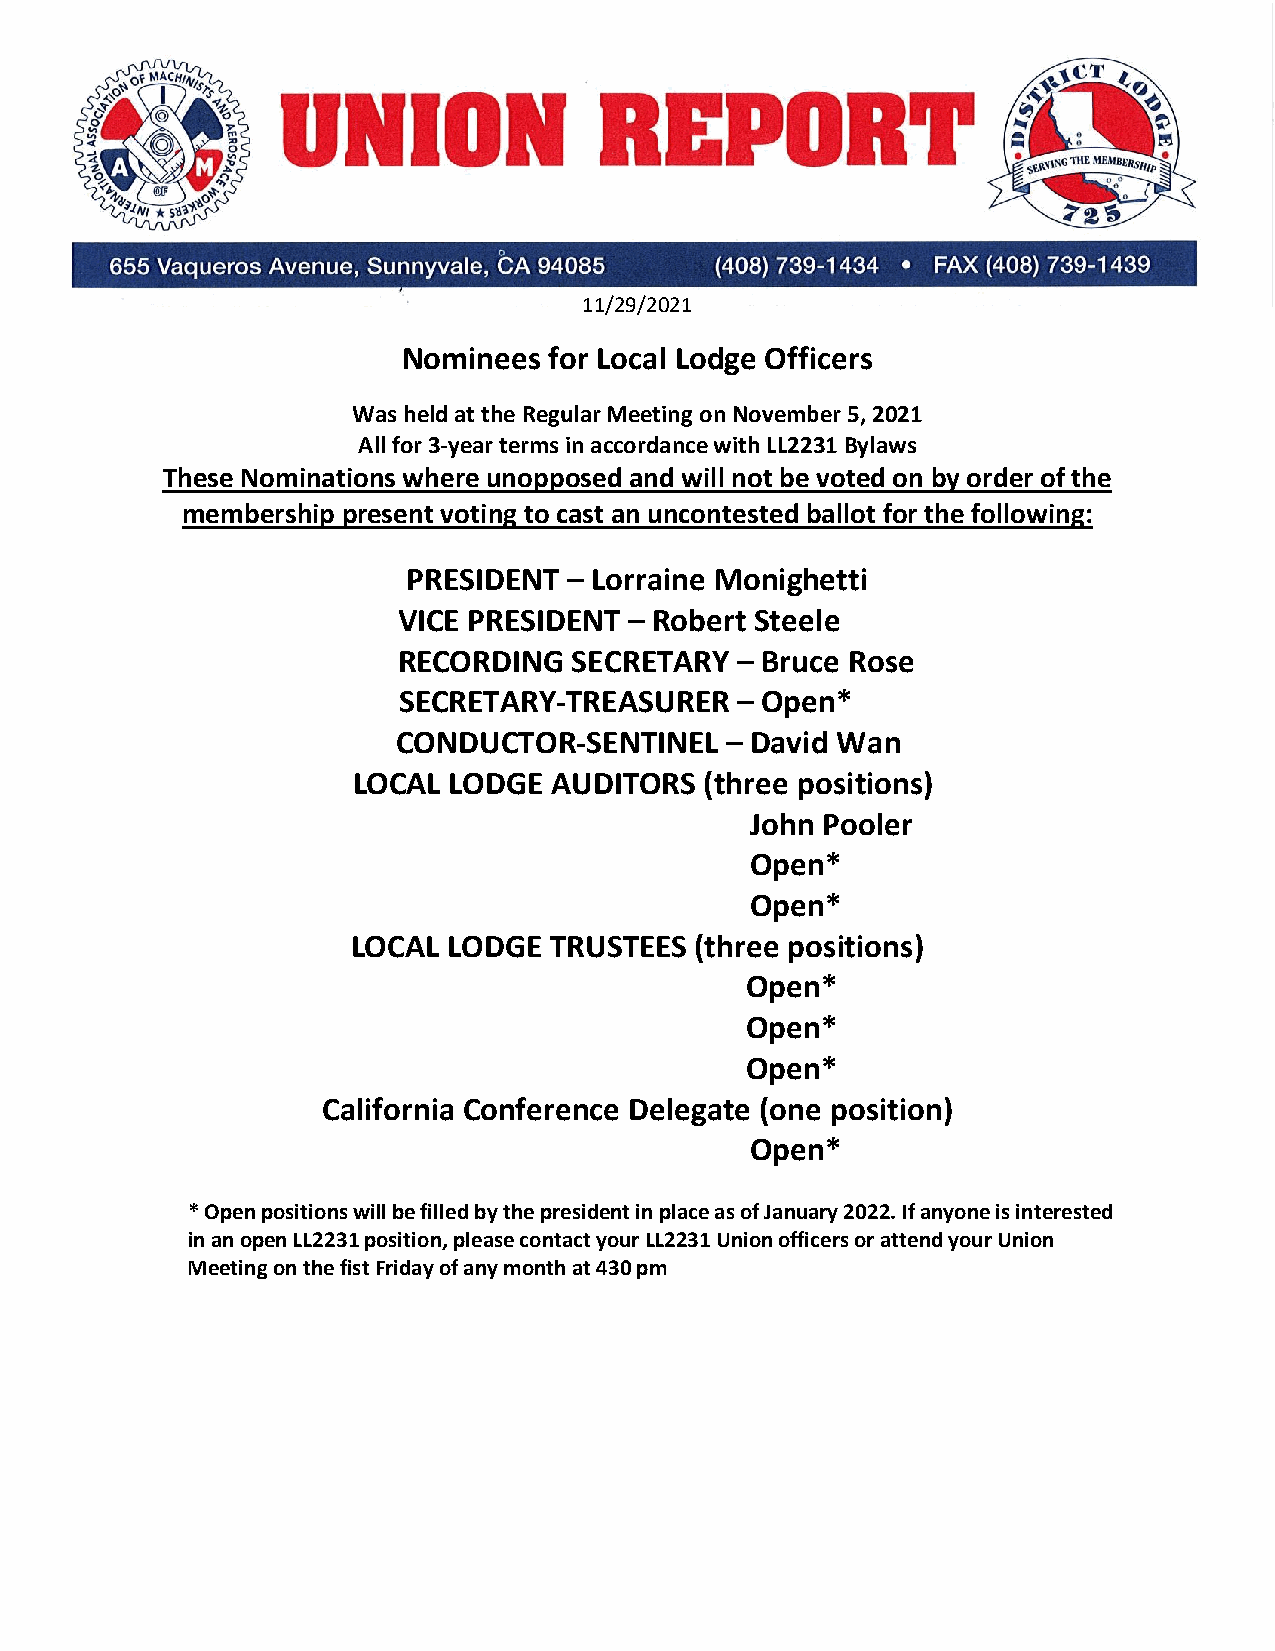
11/29/2021
 Nominees for Local Lodge Officers
 Was held at the Regular Meeting on November 5, 2021
 All for 3-year terms in accordance with LL2231 Bylaws
 These Nominations where unopposed and will not be voted on by order of the
 membership present voting to cast an uncontested ballot for the following:
 PRESIDENT  – Lorraine Monighetti
 VICE PRESIDENT  – Robert Steele
 RECORDING   SECRETARY  – Bruce Rose
 SECRETARY-TREASURER    – Open*
 CONDUCTOR-SENTINEL    – David Wan
 LOCAL  LODGE  AUDITORS  (three positions)
 John Pooler
 Open*
 Open*
 LOCAL  LODGE TRUSTEES  (three positions)
 Open*
 Open*
 Open*
 California Conference Delegate (one position)
 Open*
 * Open positions will be filled by the president in place as of January 2022. If anyone is interested
 in an open LL2231 position, please contact your LL2231 Union officers or attend your Union
 Meeting on the fist Friday of any month at 430 pm